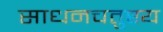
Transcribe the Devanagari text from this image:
साधनचतुष्टय